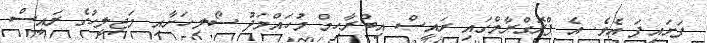
ފަށައިފަ އެވެ. އެ ޕްރޮގްރާމްގައި ރައީސް އިބްރާހިމް މުހައްމަދު ސޯލިހަށާއި މަޖިލީހުގެ ރައީސް